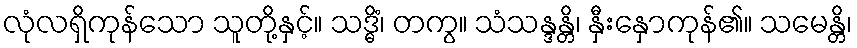
လုံလရှိကုန်သော သူတို့နှင့်။ သဒ္ဓိံ၊ တကွ။ သံသန္ဒန္တိ၊ နှီးနှောကုန်၏။ သမေန္တိ၊